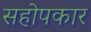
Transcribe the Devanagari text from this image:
सहोपकार